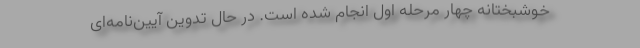
خوشبختانه چهار مرحله اول انجام شده است. در حال تدوین آیین‌نامه‌ای